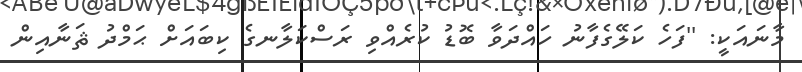
މާނައަކީ: ''ފަހެ ކަލޭގެފާނު ހައްދަވާ ބޮޑު ކުރެއްވި ރަސްކަލާނގެ ކިބައަށް ޙަމްދު ޘަނާއިން